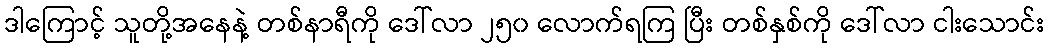
ဒါကြောင့် သူတို့အနေနဲ့ တစ်နာရီကို ဒေါ်လာ ၂၅၀ လောက်ရကြ ပြီး တစ်နှစ်ကို ဒေါ်လာ ငါးသောင်း